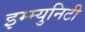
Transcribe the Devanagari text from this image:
इम्म्युनिटी